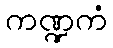
ကဏ္ဍကံ